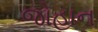
જોહાન